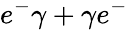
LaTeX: e^{-}\gamma+\gamma e^{-}